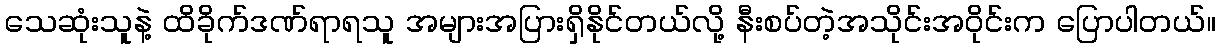
သေဆုံးသူနဲ့ ထိခိုက်ဒဏ်ရာရသူ အများအပြားရှိနိုင်တယ်လို့ နီးစပ်တဲ့အသိုင်းအဝိုင်းက ပြောပါတယ်။